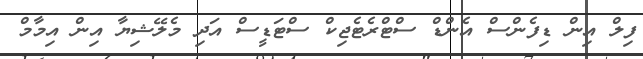
ފިލް އިން ޑިފެންސް އެންޑް ސްޓްރެޓެޖިކް ސްޓަޑީސް އަދި މެލޭޝިޔާ އިން އިމާމް